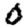
Digit: 0